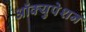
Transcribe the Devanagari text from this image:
ऑक्युपेशन